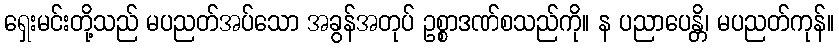
ရှေးမင်းတို့သည် မပညတ်အပ်သော အခွန်အတုပ် ဥစ္စာဒဏ်စသည်ကို။ န ပညာပေန္တိ၊ မပညတ်ကုန်။